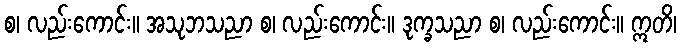
စ၊ လည်းကောင်း။ အသုဘသညာ စ၊ လည်းကောင်း။ ဒုက္ခသညာ စ၊ လည်းကောင်း။ ဣတိ၊